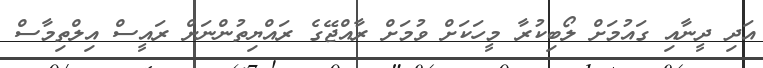
އަދި ދީނާއި ގައުމަށް ލޯބިކުރާ މީހަކަށް ވުމަށް ރާއްޖޭގެ ރައްޔިތުންނަށް ރައީސް އިލްތިމާސް